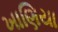
ખાણિયા